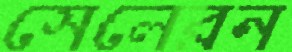
সেলেরন